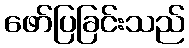
ဖော်ပြခြင်းသည်